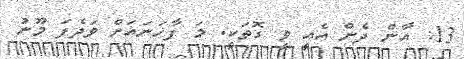
13: އާން ދެން އެއީ ވީ ގޮތަކީ. މަ ފާހަނައަށް ވަދެފަ މޫނު